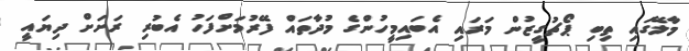
މާލޭގައި ތިބި ޕޯޗުގީޒުން މަރައި އެބައިމީހުންގެ މުދާތައް ފޭރުމަށްފަހު އެބުރި ރަށަށް ދިޔައީ